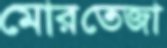
মোরতেজা